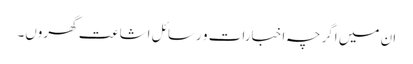
ان میں اگرچہ اخبارات و رسائل اشاعت گھروں۔